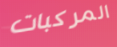
المركبات